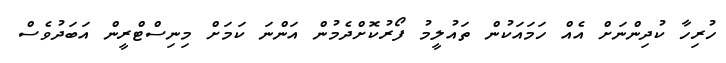
ހުރިހާ ކުދިންނަށް އެއް ހަމައަކުން ތައުލީމު ފޯރުކޮށްދެމުން އަންނަ ކަމަށް މިނިސްޓްރީން އަބަދުވެސް